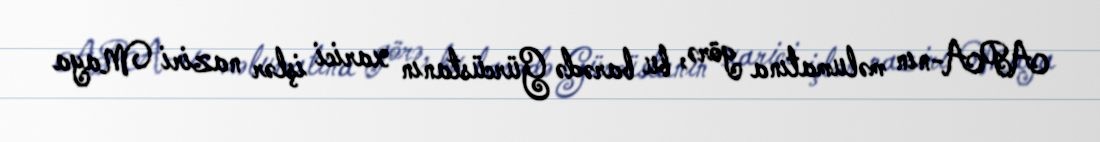
APA-nın məlumatına görə, bu barədə Gürcüstanın xarici işlər naziri Maya